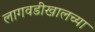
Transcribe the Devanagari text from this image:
लागवडीखालच्या